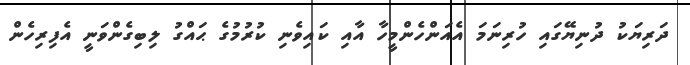
ދަރިޔަކު ދުނިޔޭގައި ހުރިނަމަ އެއަންހެންމީހާ އާއި ކައިވެނި ކުރުމުގެ ޙައްގު ލިބިގެންވަނީ އެފިރިހެން